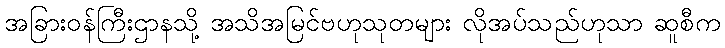
အခြားဝန်ကြီးဌာနသို့ အသိအမြင်ဗဟုသုတများ လိုအပ်သည်ဟုသာ ဆူစီက